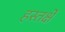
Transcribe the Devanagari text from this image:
हस्तर्क्षे